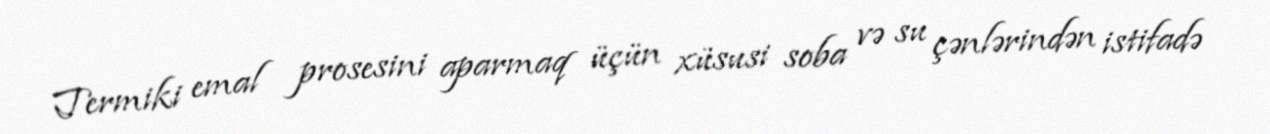
Termiki emal prosesini aparmaq üçün xüsusi soba və su çənlərindən istifadə